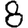
Digit: 8